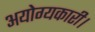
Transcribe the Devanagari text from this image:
अयोग्यकारी।